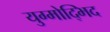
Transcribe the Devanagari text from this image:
युग्मोद्भिद